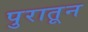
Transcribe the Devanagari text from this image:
पुरातून